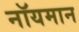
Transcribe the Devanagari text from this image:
नॉयमान